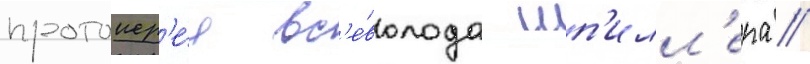
протоиер'е́я вс'е́волода шп'илл'ера //